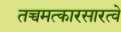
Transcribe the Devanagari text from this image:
तच्चमत्कारसारत्वे